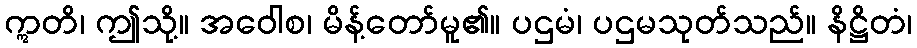
ဣတိ၊ ဤသို့။ အဝေါစ၊ မိန့်တော်မူ၏။ ပဌမံ၊ ပဌမသုတ်သည်။ နိဋ္ဌိတံ၊